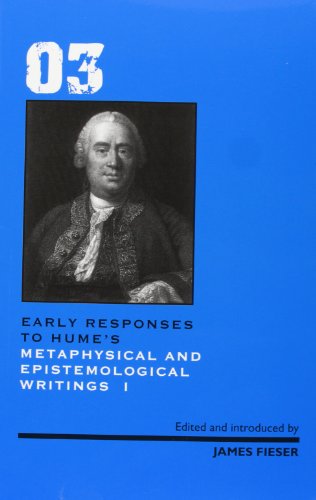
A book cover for Early Responses to Hume's Metaphysical and Epistemological Writings: Volumes 3 and 4 (Vol 3 & 4); Politics & Social Sciences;